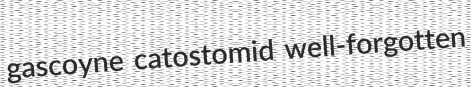
gascoyne catostomid well-forgotten